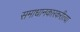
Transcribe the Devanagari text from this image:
समाधानकारकरीत्या